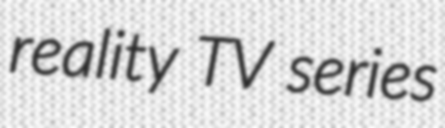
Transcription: reality TV series